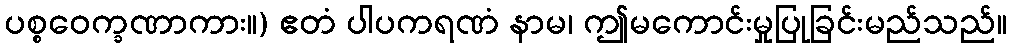
ပစ္စဝေက္ခဏာကား။) ဧတံ ပါပကရဏံ နာမ၊ ဤမကောင်းမှုပြုခြင်းမည်သည်။